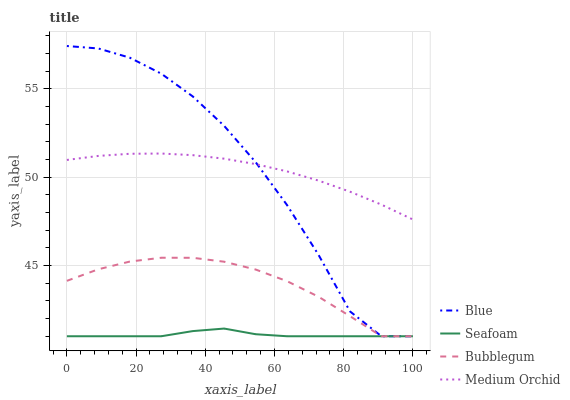
| xaxis_label | Blue | Seafoam | Bubblegum | Medium Orchid |
 | --- | --- | --- | --- | --- |
 | 0 | 57.4 | 41 | 44.1 | 51 |
 | 9.09 | 57.3 | 41 | 44.8 | 51.2 |
 | 18.2 | 56.8 | 41 | 45.2 | 51.3 |
 | 27.3 | 55.9 | 41 | 45.4 | 51.3 |
 | 36.4 | 54.6 | 41.3 | 45.4 | 51.3 |
 | 45.5 | 52.9 | 41.4 | 45.2 | 51.1 |
 | 54.5 | 50.9 | 41.1 | 44.8 | 50.7 |
 | 63.6 | 48.4 | 41 | 44.1 | 50.3 |
 | 72.7 | 45.6 | 41 | 43.2 | 49.8 |
 | 81.8 | 42.4 | 41 | 42.1 | 49.2 |
 | 90.9 | 41 | 41 | 41 | 48.4 |
 | 100 | 41 | 41 | 41 | 47.6 |